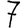
Digit: 7